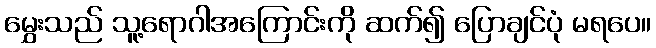
မွှေးသည် သူ့ရောဂါအကြောင်းကို ဆက်၍ ပြောချင်ပုံ မရပေ။